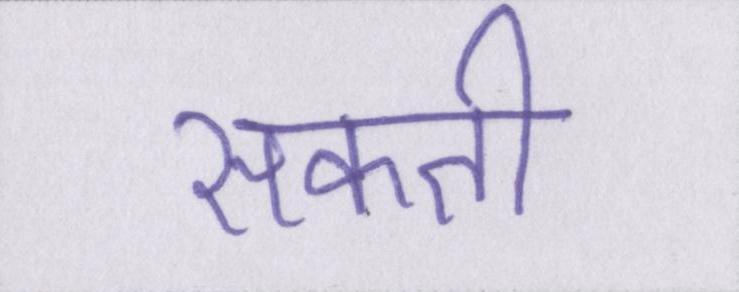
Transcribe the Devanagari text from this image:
सकती